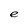
Character: e